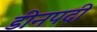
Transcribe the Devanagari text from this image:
डीनपदी